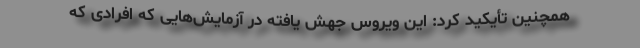
همچنین تأیکید کرد: این ویروس جهش‌ یافته در آزمایش‌هایی که افرادی که